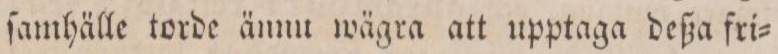
ſamhälle torde ännu wägra att upptaga deßa fri=